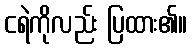
ငရဲကိုလည်း ပြထား၏။